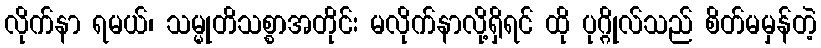
လိုက်နာ ရမယ်၊ သမ္မုတိသစ္စာအတိုင်း မလိုက်နာလို့ရှိရင် ထို ပုဂ္ဂိုလ်သည် စိတ်မမှန်တဲ့